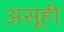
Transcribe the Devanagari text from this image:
असूही